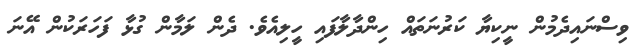
ވިސްނައިދެމުން ނީކިޔާ ކަރުނަތައް ހިންދާލާފައި ހީލިއެވެ. ދެން ލަމާން ގުޅާ ފަހަރަކުން އޭނަ